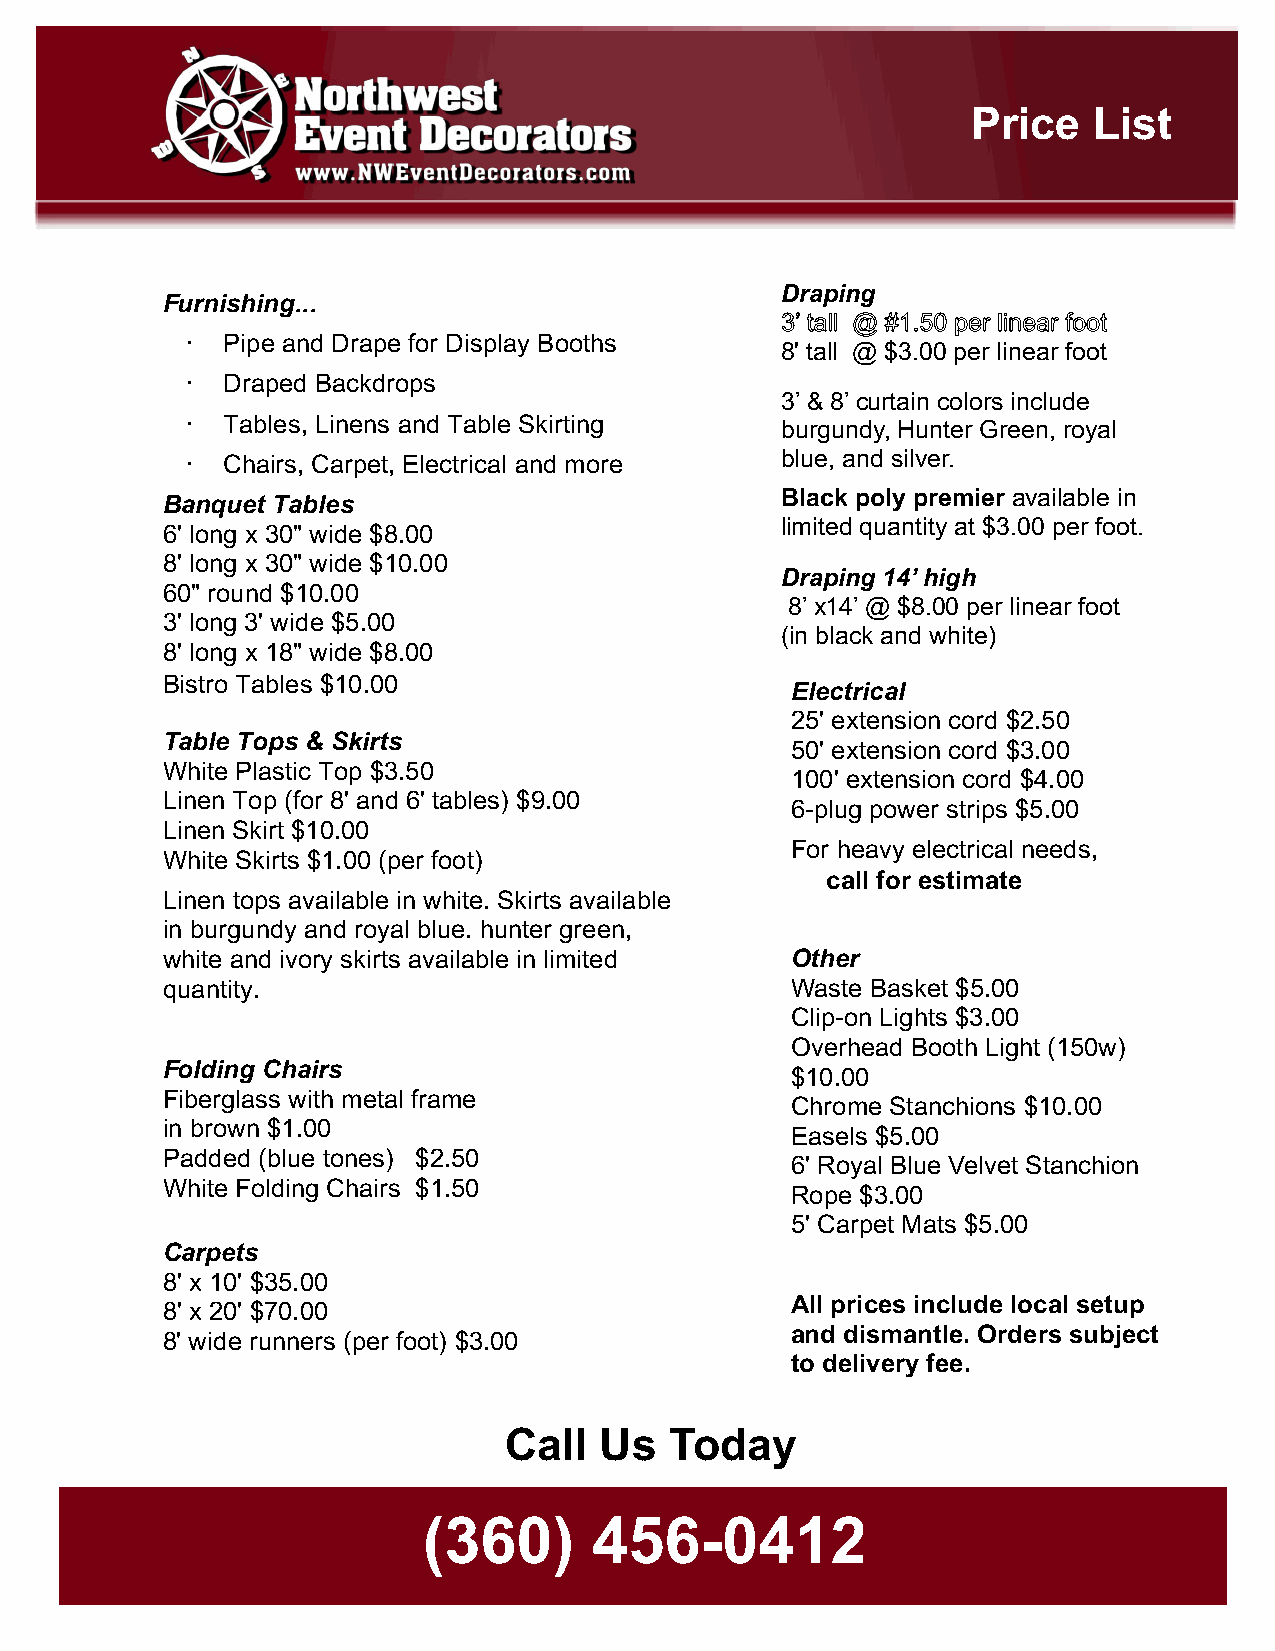
Price   List
 Draping
 Furnishing...
 3’ tall @ #1.50 per linear foot
 ·  Pipe and Drape for Display Booths
 8' tall @ $3.00 per linear foot
 ·  Draped Backdrops
 3’ & 8’ curtain colors include
 ·  Tables, Linens and Table Skirting
 burgundy, Hunter Green, royal
 ·  Chairs, Carpet, Electrical and more  blue, and silver.
 Banquet Tables                           Black poly premier available in
 limited quantity at $3.00 per foot.
 6' long x 30" wide $8.00
 8' long x 30" wide $10.00
 Draping 14’ high
 60" round $10.00
 8’ x14’ @ $8.00 per linear foot
 3' long 3' wide $5.00
 (in black and white)
 8' long x 18" wide $8.00
 Bistro Tables $10.00
 Electrical
 25' extension cord $2.50
 Table Tops & Skirts
 50' extension cord $3.00
 White Plastic Top $3.50
 100' extension cord $4.00
 Linen Top (for 8' and 6' tables) $9.00
 6-plug power strips $5.00
 Linen Skirt $10.00
 For heavy electrical needs,
 White Skirts $1.00 (per foot)
 call for estimate
 Linen tops available in white. Skirts available
 in burgundy and royal blue. hunter green,
 white and ivory skirts available in limited Other
 quantity.                                Waste Basket $5.00
 Clip-on Lights $3.00
 Overhead Booth Light (150w)
 Folding Chairs
 $10.00
 Fiberglass with metal frame
 Chrome Stanchions $10.00
 in brown $1.00
 Easels $5.00
 Padded (blue tones) $2.50
 6' Royal Blue Velvet Stanchion
 White Folding Chairs $1.50
 Rope $3.00
 5' Carpet Mats $5.00
 Carpets
 8' x 10' $35.00
 All prices include local setup
 8' x 20' $70.00
 and dismantle. Orders subject
 8' wide runners (per foot) $3.00
 to delivery fee.
 Call   Us  Today
 (360)      456-0412